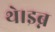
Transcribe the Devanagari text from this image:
थे।इब्न